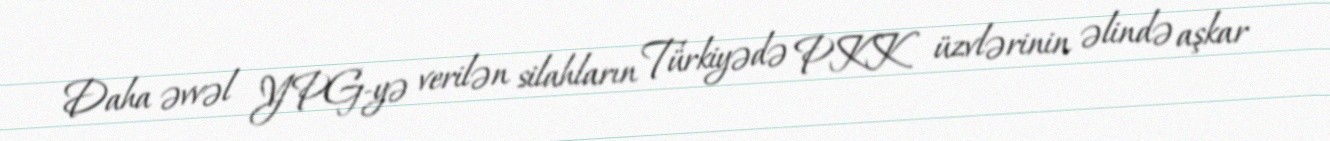
Daha əvvəl YPG-yə verilən silahların Türkiyədə PKK üzvlərinin əlində aşkar